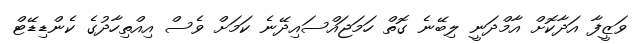
ވަޒީފާ އަދާކޮށް އާމްދަނީ ލިބޭނެ ގޮތް ހަމަޖައްސައިދޭނެ ކަމަށް ވެސް އިއްތިހާދުގެ ކެންޑިޑޭޓް